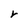
Character: r